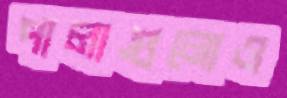
পালাগুলোও